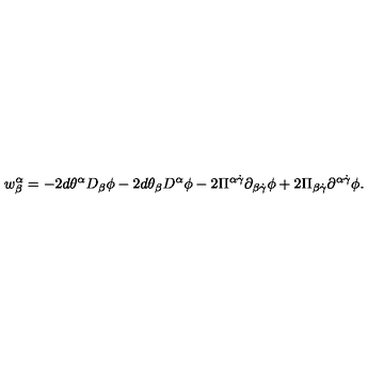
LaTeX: { w } _ { \beta } ^ { \alpha } = - 2 d \theta ^ { \alpha } D _ { \beta } \phi - 2 d \theta _ { \beta } D ^ { \alpha } \phi - 2 \Pi ^ { \alpha \dot { \gamma } } \partial _ { \beta \dot { \gamma } } \phi + 2 \Pi _ { \beta \dot { \gamma } } \partial ^ { \alpha \dot { \gamma } } \phi .